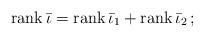
LaTeX: \begin{align*} {\rm rank}\, \bar\iota={\rm rank}\, \bar\iota_1+{\rm rank}\, \bar\iota_2\,;\end{align*}